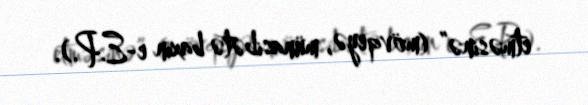
etməsinə” (mövqeyə, münasibətə baxın e-E.P.).